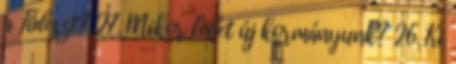
a Fideszt? 27. Mikor lehet új kormányunk? 26. Ki